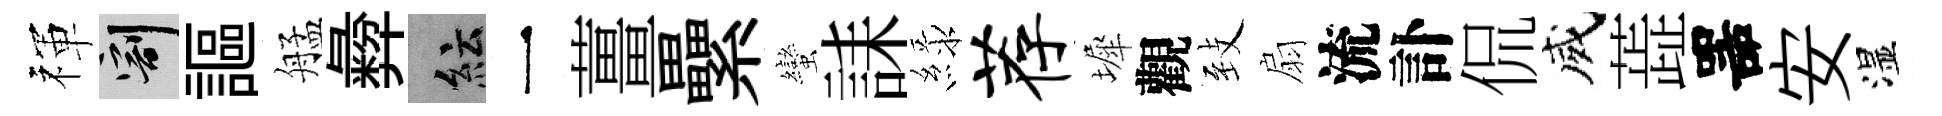
禈割謳艋彜紜一薑纍蠻誄緑荐墀觀𦤺扇流訃侃威蕋噐安湿